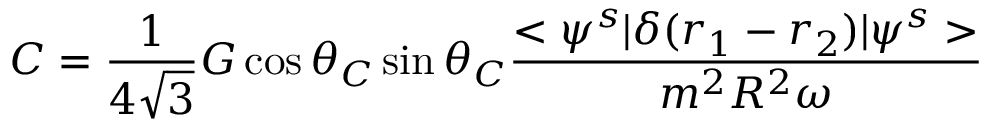
C = { \frac { 1 } { 4 \sqrt { 3 } } } G \cos \theta _ { C } \sin \theta _ { C } { \frac { < \psi ^ { s } | \delta ( r _ { 1 } - r _ { 2 } ) | \psi ^ { s } > } { m ^ { 2 } R ^ { 2 } \omega } }